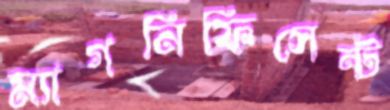
ম্যাগনিফিসেন্ট